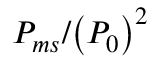
{ { { P } _ { m s } } } / { \left( { { P } _ { 0 } } \right) ^ { 2 } }